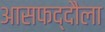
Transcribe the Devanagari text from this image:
आसफद्दौला